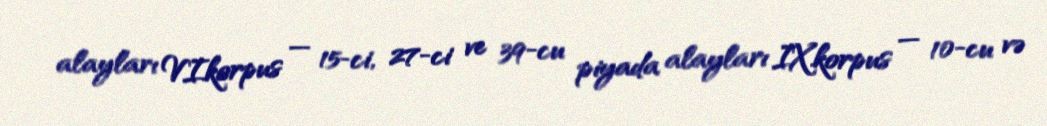
alayları VI.korpus — 15-ci, 27-ci ve 39-cu piyada alayları IX.korpus — 10-cu və